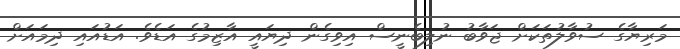
މަރިޔާގެ ސުވާލުތަކަށް ޖަވާބު ނުލިބެނީސް އިވިގެން ދިޔައީ އާޒިމުގެ އަޑެވެ. އަޑުއައި ދިމައަށް